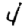
Digit: 4